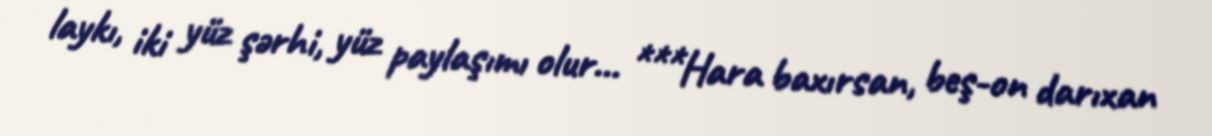
laykı, iki yüz şərhi, yüz paylaşımı olur... ***Hara baxırsan, beş-on darıxan